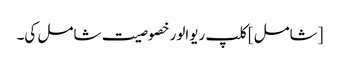
[شامل] کلپ ریوالور خصوصیت شامل کی۔